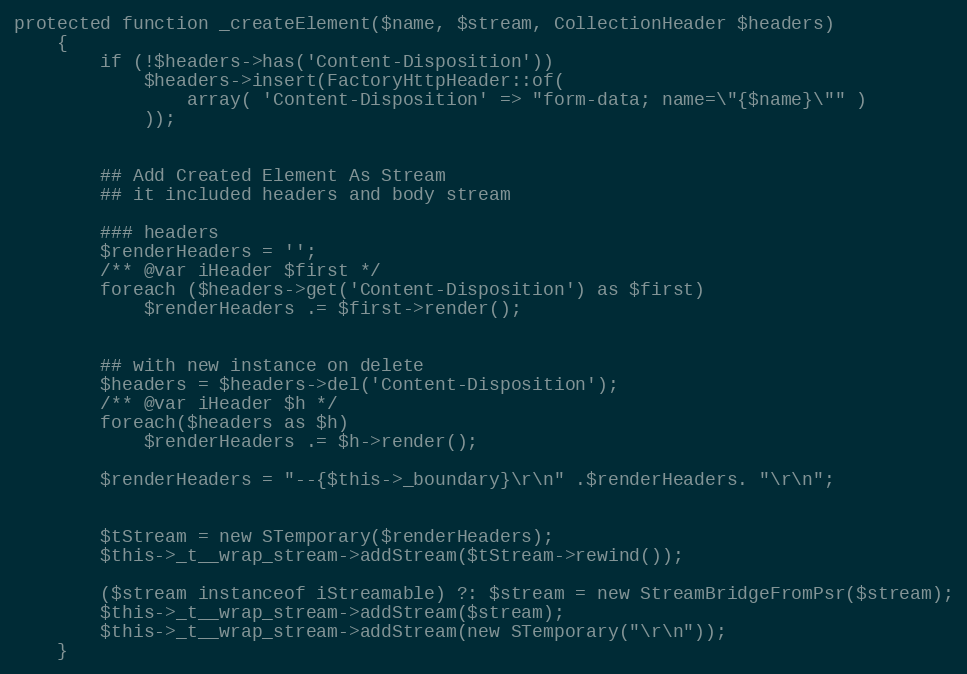
Language: PHP
protected function _createElement($name, $stream, CollectionHeader $headers)
    {
        if (!$headers->has('Content-Disposition'))
            $headers->insert(FactoryHttpHeader::of(
                array( 'Content-Disposition' => "form-data; name=\"{$name}\"" )
            ));

        ## Add Created Element As Stream
        ## it included headers and body stream

        ### headers
        $renderHeaders = '';
        /** @var iHeader $first */
        foreach ($headers->get('Content-Disposition') as $first)
            $renderHeaders .= $first->render();

        ## with new instance on delete
        $headers = $headers->del('Content-Disposition');
        /** @var iHeader $h */
        foreach($headers as $h)
            $renderHeaders .= $h->render();

        $renderHeaders = "--{$this->_boundary}\r\n" .$renderHeaders. "\r\n";

        $tStream = new STemporary($renderHeaders);
        $this->_t__wrap_stream->addStream($tStream->rewind());

        ($stream instanceof iStreamable) ?: $stream = new StreamBridgeFromPsr($stream);
        $this->_t__wrap_stream->addStream($stream);
        $this->_t__wrap_stream->addStream(new STemporary("\r\n"));
    }